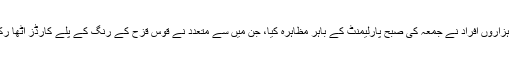
بل پر ووٹنگ سے قبل ہم جنس پرست جوڑوں سمیت ہزاروں افراد نے جمعہ کی صبح پارلیمنٹ کے باہر مظاہرہ کیا، جن میں سے متعدد نے قوس قزح کے رنگ کے پلے کارڈز اٹھا رکھے تھے جن پر ‘ووٹ ناکام نہیں ہوسکتا تحریر تھا۔